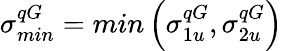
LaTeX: \sigma_{min}^{qG}=min\left(\sigma_{1u}^{qG},\sigma_{2u}^{qG}\right)